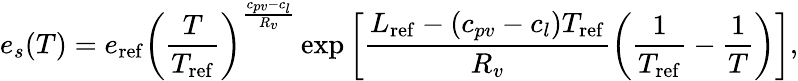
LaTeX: e_{s}(T)=e_{\mathrm{ref}}\left(\frac{T}{T_{\mathrm{ref}}}\right)^{\frac{c_{pv}-c_{l}}{R_{v}}}\exp\left[\frac{L_{\mathrm{ref}}-(c_{pv}-c_{l})T_{\mathrm{ref}}}{R_{v}}\left(\frac{1}{T_{\mathrm{ref}}}-\frac{1}{T}\right)\right],